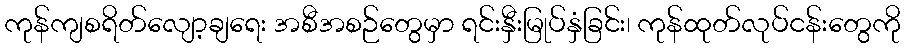
ကုန်ကျစရိတ်လျော့ချရေး အစီအစဉ်တွေမှာ ရင်းနှီးမြုပ်နှံခြင်း၊ ကုန်ထုတ်လုပ်ငန်းတွေကို